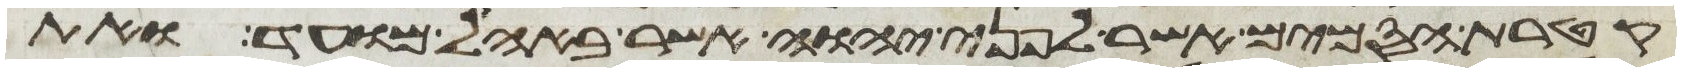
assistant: קטרת הסמים אשר לפני יהוה אשר באהל מועד ואת